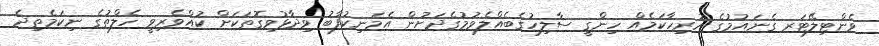
ވެންޓިލޭޓަރ ގެނައުމުގެ ހުރިހާކަމެއް ހިންގީ ސާލިހުގެބެއްލެވުމުގެދަށުން އެމަނިކުފާބު ވިދާޅުވިގޮތަކަށް ކުއްވެރިވީ ހެލްތުގެ ނިކަމެތިދެ